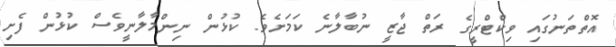
އޮތްތަނުގައި ވިކްޓްރީގެ ރަތް ޖާޒީ ނުބާލާނެ ކަމަށެވެ. ކުޅުން ނިންމާލާނީވެސް ކުޅުން ފެށި